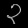
Digit: ၃